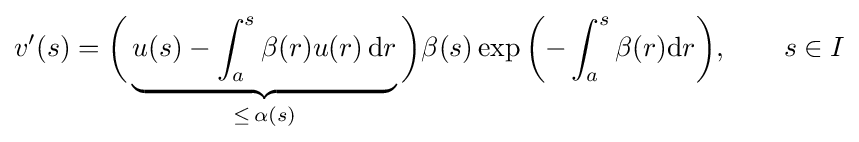
v'(s)={\biggl (}\underbrace {u(s)-\int _{a}^{s}\beta (r)u(r)\,\mathrm {d} r} _{\leq \,\alpha (s)}{\biggr )}\beta (s)\exp {\biggl (}{-}\int _{a}^{s}\beta (r)\mathrm {d} r{\biggr )},\qquad s\in I